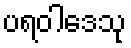
ပရဝါဒေသု